system: You are a helpful assistant.
user:
Analyze the provided spectrum to determine if it is a **"Cataclysmic Variables (CV)"**.

- **Key Indicators for CV (Check for either state):**
    - **State 1: Quiescent / Low-State (Emission-Dominated)**
        - **(Primary):** Strong and *very broad* Hydrogen Balmer emission lines (e.g., $H\alpha$ at 6563 Å, $H\beta$ at 4861 Å). The 'broadness' (high velocity dispersion, often FWHM > 1000 km/s) is the key diagnostic, indicating a high-velocity accretion disk.
        - **(Secondary):** Broad neutral Helium (He I) emission lines (e.g., 5876 Å, 6678 Å).
        - **(Key Confirmation):** Presence of high-excitation *ionized* Helium (He II) emission at 4686 Å. This is a strong indicator of accretion onto a white dwarf.
        - **(Line Profile):** Emission lines may exhibit a 'double-peaked' profile, which is a classic signature of a rotating accretion disk viewed at high inclination.

    - **State 2: Outburst / High-State (Absorption-Dominated)**
        - **(Primary):** Spectrum is dominated by a bright, blue continuum (looks like a hot star).
        - **(Secondary):** The emission lines from State 1 are weak, absent, or 'filled in', and are replaced by broad, shallow *absorption* lines (primarily Balmer and He I).
        - **(Morphology):** The overall spectrum mimics a hot B/A-type star. The crucial difference is that the absorption lines are significantly broader, shallower, and more 'washed-out' (or 'smeared') than the sharp lines of a normal stellar photosphere, due to high rotational speeds and pressure broadening in the disk.

Think first, call **spectral_visualization_tool** if needed to examine features in detail, then provide your final answer. Your response must adhere to the following strict rules:
1.  **Overall Structure:** Your response must follow the format `<think>...</think> <tool_call>...</tool_call> (if a tool is used) <answer>...</answer>`.
2.  **Tool Usage Constraint:** You may only make **one** tool call per turn.
3.  **Final Answer Format:** In the `<answer>` tag, your conclusion must be inside a `\boxed{}` command (e.g., `\boxed{YES}`), followed by your justification.

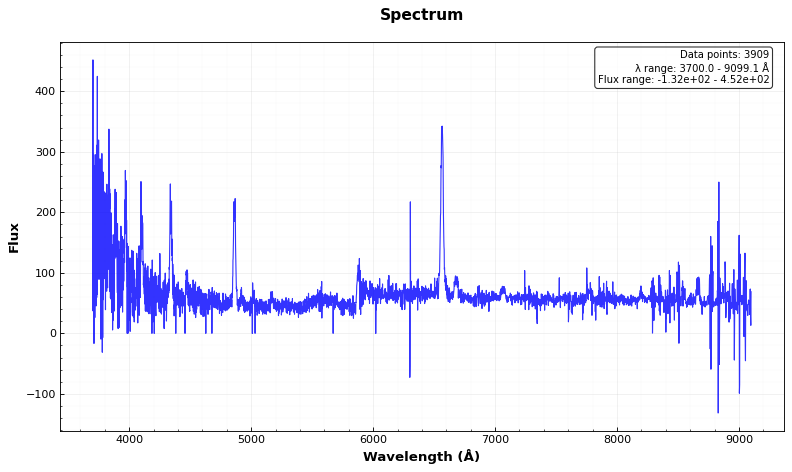
Answer: YES